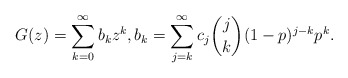
\begin{align*}G(z) = \sum_{k=0}^\infty b_{k} z^k, b_{k} = \sum_{j=k}^\infty c_{j} \binom{j}{k} (1-p)^{j-k}p^k.\end{align*}